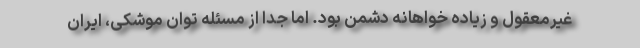
غیرمعقول و زیاده خواهانه دشمن بود. اما جدا از مسئله توان موشکی، ایران